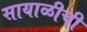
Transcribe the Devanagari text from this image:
सायाळीची